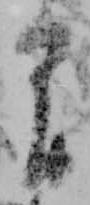
間